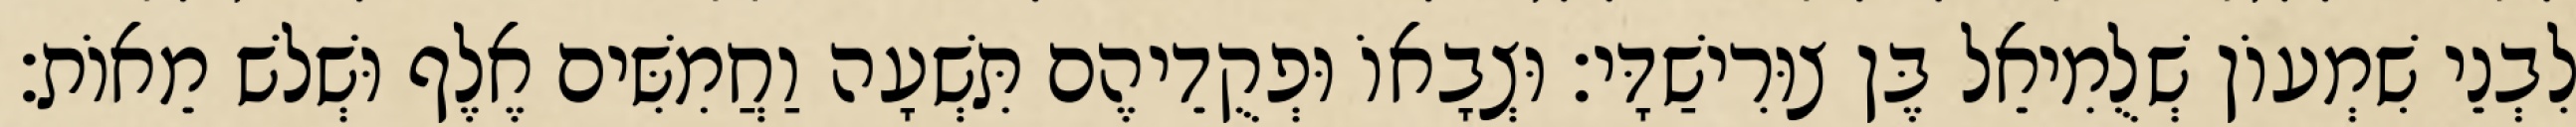
לִבְנֵי שִׁמְעוֹן שְׁלֻמִיאֵל בֶּן צוּרִישַׁדָּי׃ וּצְבָאוֹ וּפְקֻדֵיהֶם תִּשְׁעָה וַחֲמִשִּׁים אֶלֶף וּשְׁלשׁ מֵאוֹת׃